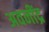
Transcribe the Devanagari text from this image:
अवनींद्र